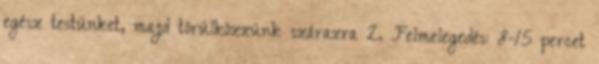
egész testünket, majd törülközzünk szárazra 2. Felmelegedés: 8-15 percet